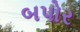
બપોર